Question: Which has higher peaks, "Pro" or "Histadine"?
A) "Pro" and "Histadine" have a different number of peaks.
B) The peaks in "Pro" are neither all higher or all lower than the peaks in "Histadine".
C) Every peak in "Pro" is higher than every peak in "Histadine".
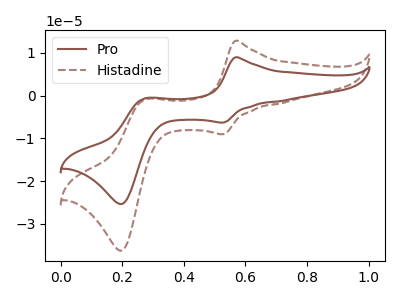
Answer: <think>The brown curve "Pro" has anodic peaks at (0.55V, 8.95uA) (0.25V, -0.60uA) and cathodic peaks at (0.55V, -6.30uA) (0.20V, -25.30uA). The brown dashed curve "Histadine" has anodic peaks at (0.55V, 12.80uA) (0.25V, -0.85uA) and cathodic peaks at (0.55V, -9.00uA) (0.20V, -36.25uA).</think>
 <answer>B) The peaks in "Pro" are neither all higher or all lower than the peaks in "Histadine".</answer>
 <eval>B</eval>